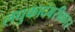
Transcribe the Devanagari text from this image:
लघुकादंबरीकार